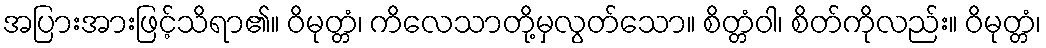
အပြားအားဖြင့်သိရာ၏။ ဝိမုတ္တံ၊ ကိလေသာတို့မှလွတ်သော။ စိတ္တံဝါ၊ စိတ်ကိုလည်း။ ဝိမုတ္တံ၊